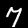
Digit: 7